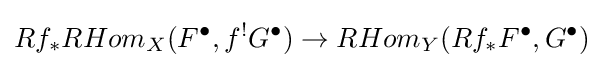
Rf_{\ast }RHom_{X}(F^{\bullet },f^{!}G^{\bullet })\to RHom_{Y}(Rf_{\ast }F^{\bullet },G^{\bullet })